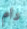
دام